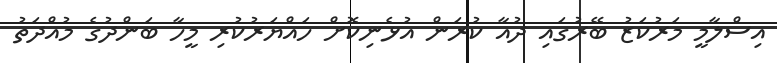
އިސްލާމީ މަރުކަޒު ބޭރުގައި ދުއާ ކުރަން އުޅެނިކޮށް ހައްޔަރުކުރި މީހާ ބަންދުގެ މުއްދަތު